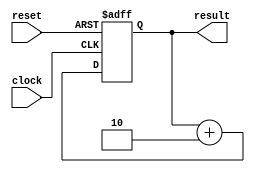
module count4r2(result, clock, reset);
	output [3:0] result;
	input clock, reset;
	reg [3:0] number;

	always @(posedge clock or negedge reset) begin
		if (!reset) begin
			number <= 0;
		end else begin
			number <= number + 2;
		end
	end

	assign result = number;
endmodule